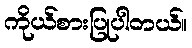
ကိုယ်စားပြုပါတယ်။